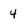
Character: 4